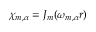
\chi _ { m , \alpha } = J _ { m } ( \omega _ { m , \alpha } r )